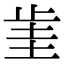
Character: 𣥮